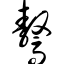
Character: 骜